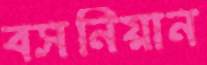
বসনিয়ান